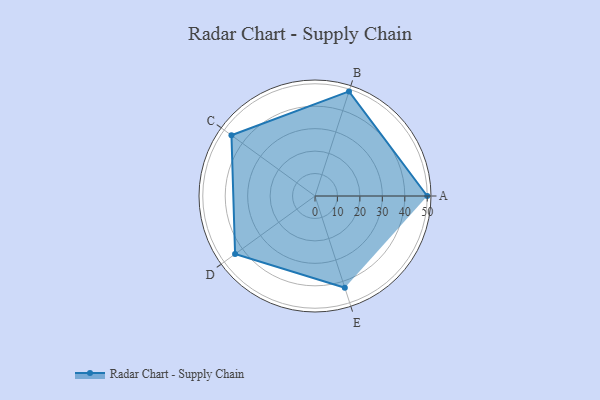
{"axis": {"x": "Skill", "y": "Score"}, "legend": ["Profile"], "data": [{"x": "A", "y": 50.0, "type": "Profile"}, {"x": "B", "y": 49.0, "type": "Profile"}, {"x": "C", "y": 46.0, "type": "Profile"}, {"x": "D", "y": 44.0, "type": "Profile"}, {"x": "E", "y": 43.0, "type": "Profile"}]}